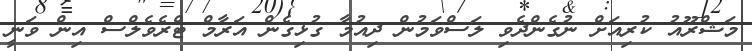
މަޝްރޫއު ކުރިއަށް ނުގެންދެވި ލަސްވަމުން ދިއުމާ ގުޅިގެން އަރާމް ޓްރެވެލްސް އިން ވަނީ